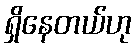
ရှိနေတယ်ဟု